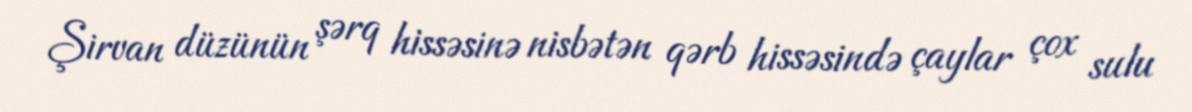
Şirvan düzünün şərq hissəsinə nisbətən qərb hissəsində çaylar çox sulu